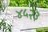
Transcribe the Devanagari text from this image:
४५२३